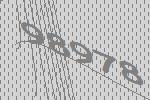
98978